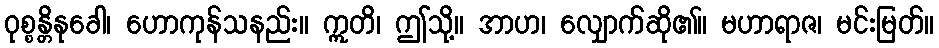
ဝုစ္စန္တိနုခေါ၊ ဟောကုန်သနည်း။ ဣတိ၊ ဤသို့။ အာဟ၊ လျှောက်ဆို၏။ မဟာရာဇ၊ မင်းမြတ်။